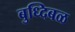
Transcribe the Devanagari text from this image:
बुध्दिबळ